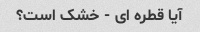
آیا قطره ای - خشک است؟